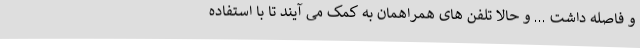
و فاصله داشت ... و حالا تلفن های همراهمان به کمک می آیند تا با استفاده